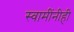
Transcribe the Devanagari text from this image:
स्वामींनीही